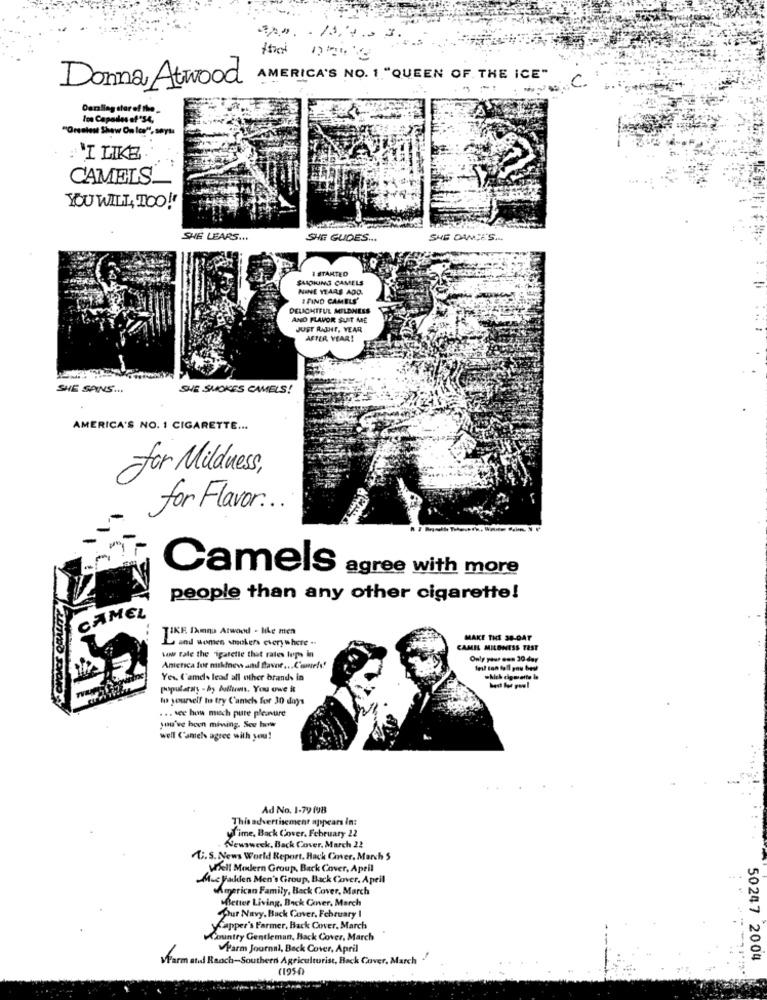
AMERICA'S NO. 1 "QUEEN OF THE ICE"
C
Donna Atwood
Dazzling stor of the_
Ion Capades of 'S4,
"Orealest Shaw On Ica", sayss
"I LIKE
CAMELS.
YOU WILL, TOO!'
SHE WEARS ...
SHE GUDES ...
SHE DANCES
I STARTED
SMOKING CAMELS
NINE YEARS AGO.
FIND CAMELS'
DELIGHTFUL MILDNEES
AND FLAVOR SUIT ME
JUST RAJHE, VEAR
AFTER YEAR!
SHE SANS ...
SHE SMOKES CAMELS!
AMERICA'S NO. 1 CIGARETTE ...
for Mülduess,
for Flavor ...
Camels
agree with more
people than any other cigarette!
CAMEL
TIKE IAmna Atwood - MLe men
L and women smokers everywhere ..
MAKE THE SE-DAT
CAMIL MILONESS TEST
www Fale the igaretle that rates lops in
Only your own 30 -day
America for nikinew and flavor ... Comels!
Yes, L'amds lead all other brands in
popularny - by Aoffices, You owe it
to yourself to try Camels for 30 days
... vee hos mioch pure pleasure
you've been mining. See how
well Cantels agree with you!
Ad No. 1-79 198
This advertisement appears in:
Time, Back Cover. February 22
Newsweek, Back Cover, March 22
U. S. News World Report. Hack Cover, March 5
Well Modern Group, Back Cover, April
Muc Valden Men's Group, Back Cover. April
American Family, Back Cover, March
Better Living, Back Conver, March
Pur Navy, Back Cover, February I
yCapper's Farmer, Back Cover, March
Country Gentleman, Back Cover, March
Parm Journal, Back Cover, April
Warm atal Raoch-Southern Agriculturist, Back Cover, March
50247 2004
(1950